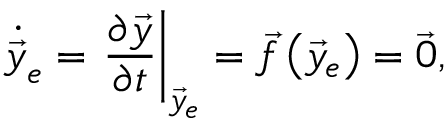
\dot { \vec { y } } _ { e } = \left. \frac { \partial \vec { y } } { \partial t } \right| _ { \vec { y } _ { e } } = \vec { f } \left( \vec { y } _ { e } \right) = \vec { 0 } ,